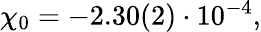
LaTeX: \begin{array}{r}{\chi_{0}=-2.30(2)\cdot 10^{-4},}\end{array}